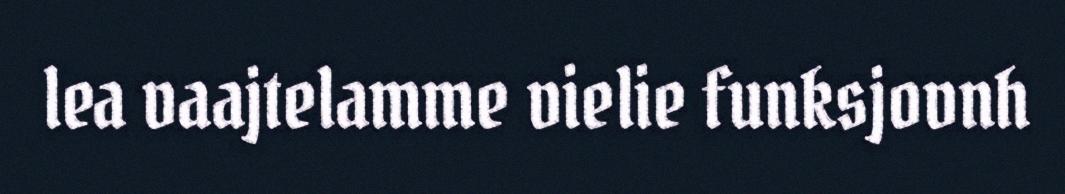
lea vaajtelamme vielie funksjovnh